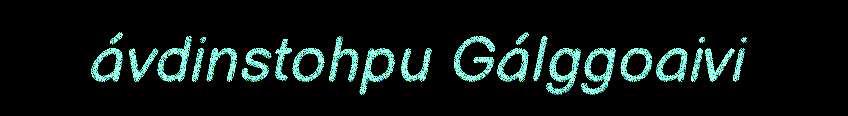
ávdinstohpu Gálggoaivi